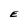
Character: E